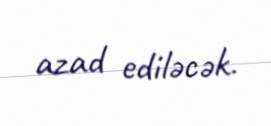
azad ediləcək.